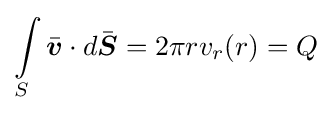
\int \limits _{S}{\bar {\boldsymbol {v}}}\cdot {d{\bar {\boldsymbol {S}}}}=2\pi rv_{r}(r)=Q